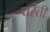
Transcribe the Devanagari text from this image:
चरंती